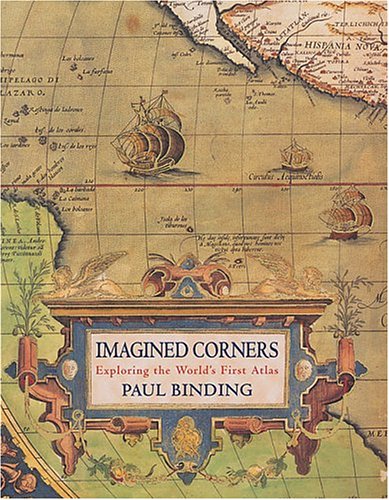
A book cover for Imagined Corners: Exploring the World's First Atlas; Paul Binding; History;